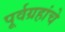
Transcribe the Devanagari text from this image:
पूर्वग्रहांचे